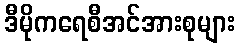
ဒီမိုကရေစီအင်အားစုများ